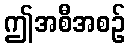
ဤအစီအစဉ်